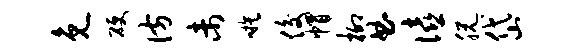
免硬彷未嗾俊帽柳曲僖脱岱